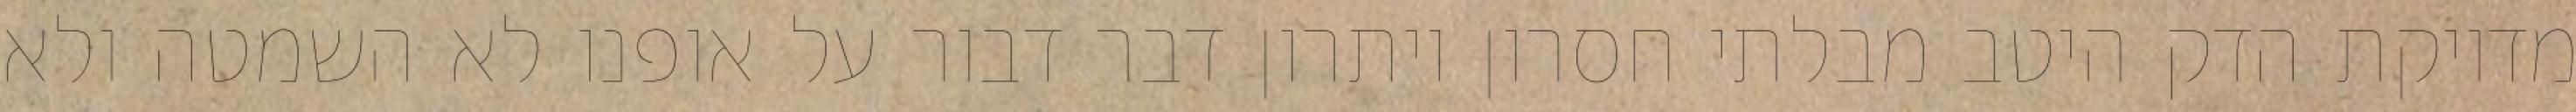
מדויקת הדק היטב מבלתי חסרון ויתרון דבר דבור על אופנו לא השמטה ולא